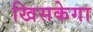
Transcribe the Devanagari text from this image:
खिसकेगा